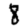
Digit: 8